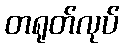
တရုတ်လုပ်